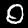
Label: 0